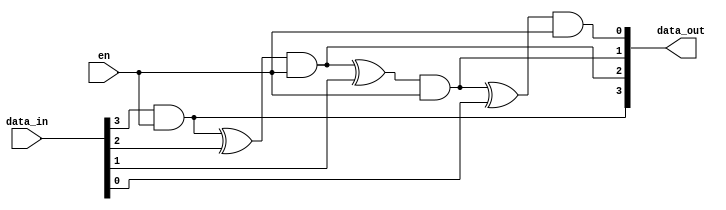
`timescale 1ns / 1ps
//////////////////////////////////////////////////////////////////////////////////
// Company: 
// Engineer: 
// 
// Design Name: 
// Module Name: GraytoBinary
// Project Name: 
// Target Devices: 
// Tool Versions: 
// Description: 
// 
// Dependencies: 
// 
// Revision:
// Revision 0.01 - File Created
// Additional Comments:
// 
//////////////////////////////////////////////////////////////////////////////////


module GraytoBinary(en, data_in, data_out);
input en;
input [3:0]data_in;
output [3:0]data_out;
assign data_out[3] = data_in[3] && en;
assign data_out[2] = (data_out[3] ^ data_in[2]) && en;
assign data_out[1] = (data_out[2] ^ data_in[1]) && en;
assign data_out[0] = (data_out[1] ^ data_in[0]) && en;
endmodule